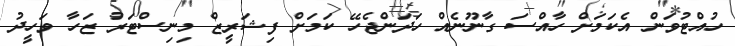
ހުއްޓުވަން އެކަމަށް ހާއްސަ ގާނޫނެއް ހަދަންޖެހޭ ކަމަށް ފިޝަރީޒް މިނިސްޓަރު ޒަހާ ވަހީދު